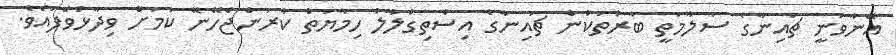
އޭނާވަނީ ޗައިނާގެ ސަލާމަތީ ބާރުތަކުން ޗައިނާގެ އިސްތިގްލާލު ހިމާޔަތް ކުރަންޖެހޭނޭ ކަމަށް ވިދާޅުވެފައެވެ.